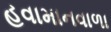
હવામાનવાળા